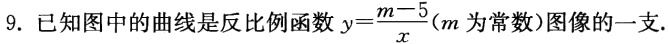
9. 已知图中的曲线是反比例函数\(y = \frac{m - 5}{x}\)(\(m\)为常数)图像的一支.